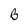
Character: B